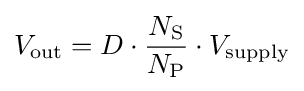
V_{\mathrm {out} }=D\cdot {\frac {N_{\mathrm {S} }}{N_{\mathrm {P} }}}\cdot V_{\mathrm {supply} }